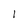
Character: 1